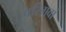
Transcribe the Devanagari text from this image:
बरिगवां